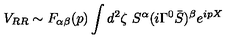
V _ { R R } \sim F _ { \alpha \beta } ( p ) \int d ^ { 2 } \zeta \ S ^ { \alpha } ( i \Gamma ^ { 0 } { \bar { S } } ) ^ { \beta } e ^ { i p X }